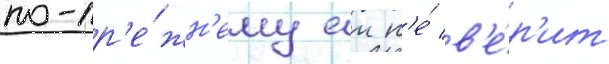
по-пр'е́жн'ему еи н'е́ в'е́р'ит